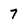
Character: 7